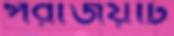
পরাজয়টি